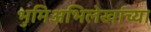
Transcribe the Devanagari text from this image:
भुमिअभिलेखांच्या